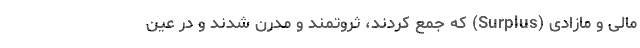
مالی و مازادی (Surplus) که جمع کردند، ثروتمند و مدرن شدند و در عین